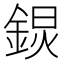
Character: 𨨋